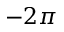
- 2 \pi